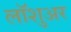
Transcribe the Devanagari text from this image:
लॉशुअर